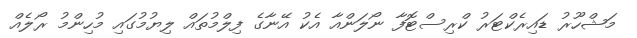
މަޝްހޫރު ޑައިރެކްޓަރު ކްރިސްޓޮފާ ނޯލަންއާ އެކު އޭނާގެ ފިލްމުތައް ލިޔުމުގައި މުހިންމު ރޯލެއް